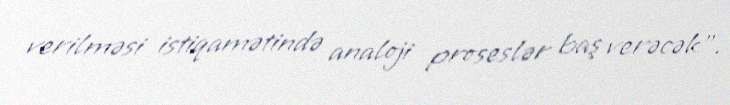
verilməsi istiqamətində analoji proseslər baş verəcək”.